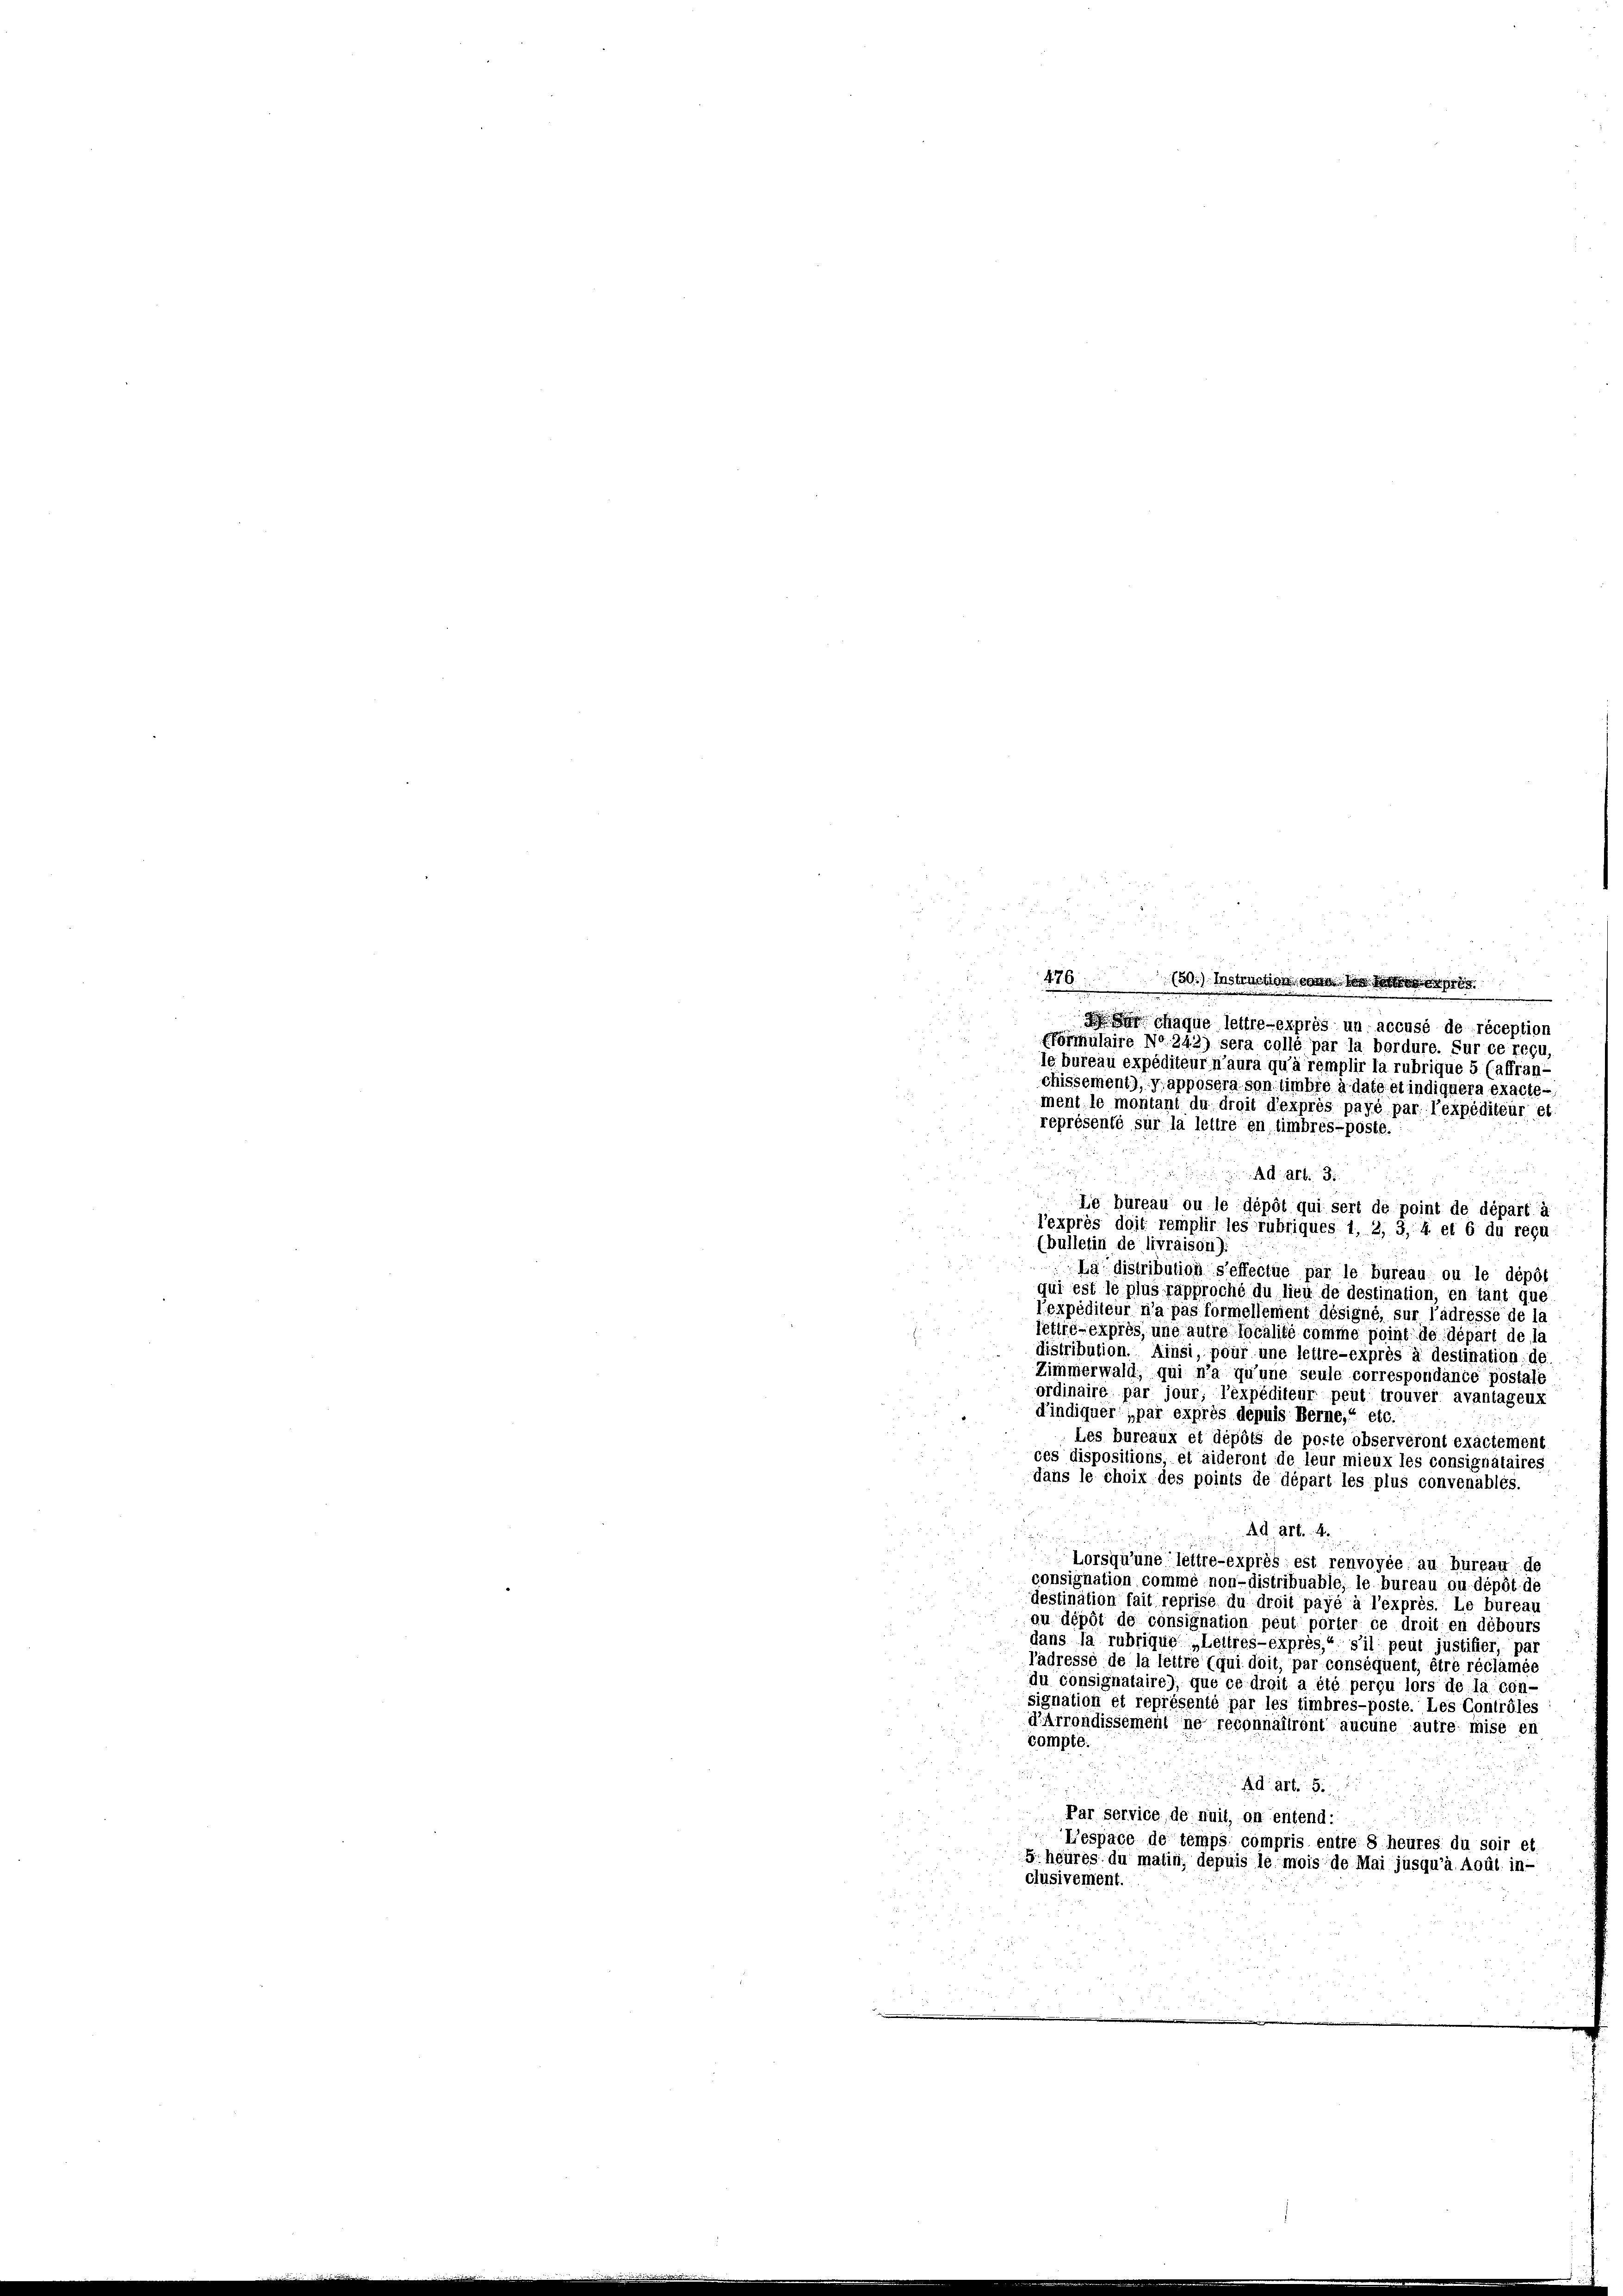
n
476 (50.) Instruction von den
 chaque lettre-exprès un accusé de réception
Pfonnulaire No. 242) sera collé par la bordüre. Sur ce requ
le bureau expéditeur n’aura qu’à remplir la rubrique 5 (affran-
chissement), y apposera son timbie à dato et indiquera exacte-
d
ment le montant du droit d’exprès payé par l’expéditeur et.
représenté sur la lettre en timbrés-poste.
AG. Art. 3.
Le bureau ou le dépôt qui sert de point de départ à
l’exprès doit remplir les rubriques 1, 2, 3, 4 et 6 du reçu
(bulletin de livraison)
La distribution seffectue par le bureau ou le dépôt
qui est le plus rapproche du lieu de destination, en tant que
lexpéditeur n’a pas formellement désigné, sur l’adresse de la
lettré-exprès, une autre localité comme point de départ de la
distribution. Ainsi, pour une lettre-exprès à destination de
Zimmerwald, qui n’a qu’une seule correspondance postale
ordinaire par jour, l’expéditeur peut trouver avantageux
d’indiquer „par exprès depuis Berne,“ etc.
Les bureaux et dépôts de poste observéront exactement
ces dispositions, et aideront de leur mieux les consignataires
dans le choix des points de départ les plus convenables.
Ad art. 4.

Lorsqu’une lettre-exprès est renvoyée au bureau de
consignation comme non-distribuable; le bureau ou dépôt de
destination fait reprise du droit payé à l’exprès. Le bureau
ou dépôt de consignation peut porter ce droit: en débours
dans la rubriquo „Lettres-exprès, s’il peut justifier, par
adressé de la lettre qui doit, par conséquent, être réclamée
du consignataire), que ce droit a été perçu lors de la con-
signation et représenté par les timbres-poste. Les Contrôles
d’Arrondissement ne reconnaitront aucune autre mise en
compte.
Ad Art. 5.
Par service, de nuit, on entend:
Lespace de temps. compris entre 8 heures du soir et
G. heures du matin, depuis le mois de Mai jusqu’à Aoül. in-
clusivement.